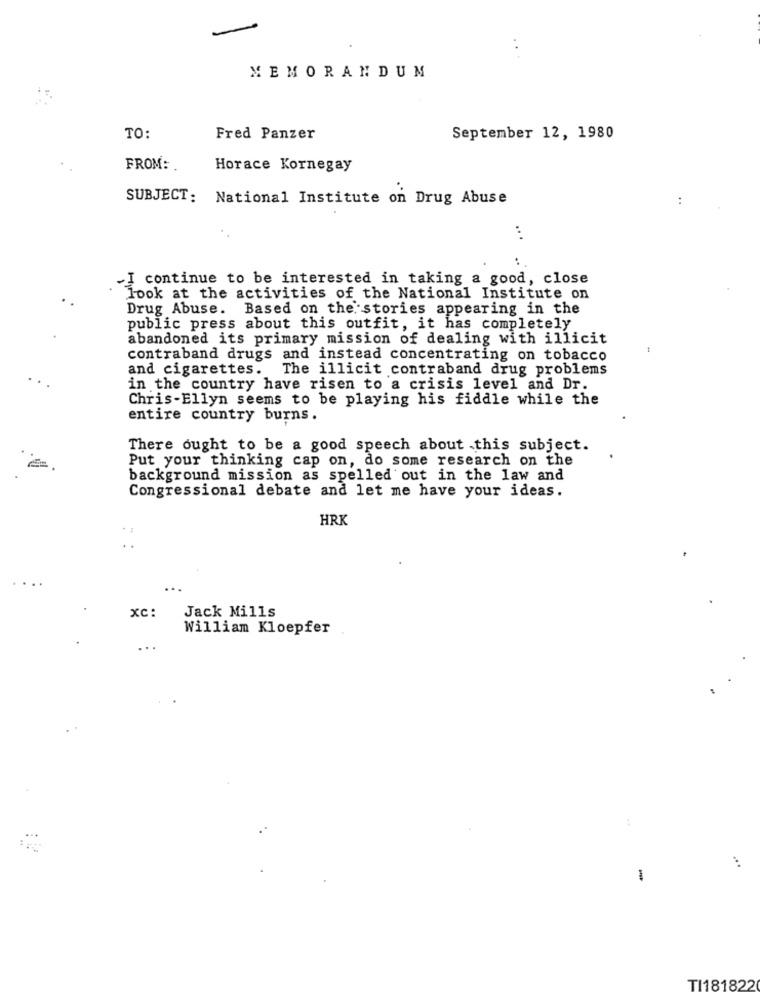
MEMORANDUM
TO:
Fred Panzer
September 12, 1980
FROM: .
Horace Kornegay
SUBJECT: National Institute on Drug Abuse
:
...
..
-I continue to be interested in taking a good, close
look at the activities of the National Institute on
Drug Abuse. Based on the stories appearing in the
public press about this outfit, it has completely
abandoned its primary mission of dealing with illicit
contraband drugs and instead concentrating on tobacco
and cigarettes.
The illicit contraband drug problems
in the country have risen to a crisis level and Dr.
Chris-Ellyn seems to be playing his fiddle while the
entire country burns.
There ought to be a good speech about this subject.
Put your thinking cap on, do some research on the
background mission as spelled out in the law and
Congressional debate and let me have your ideas.
HRK
xc:
Jack Mills
William Kloepfer
...
1
TI181822